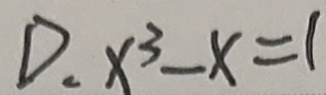
D . x ^ { 3 } - x = 1